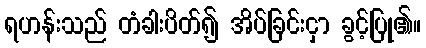
ရဟန်းသည် တံခါးပိတ်၍ အိပ်ခြင်းငှာ ခွင့်ပြု၏။